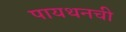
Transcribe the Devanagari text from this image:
पायथनची